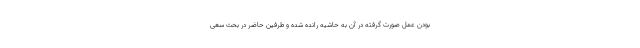
بودن عمل صورت گرفته در آن به حاشیه رانده شده و طرفین حاضر در بحث سعی